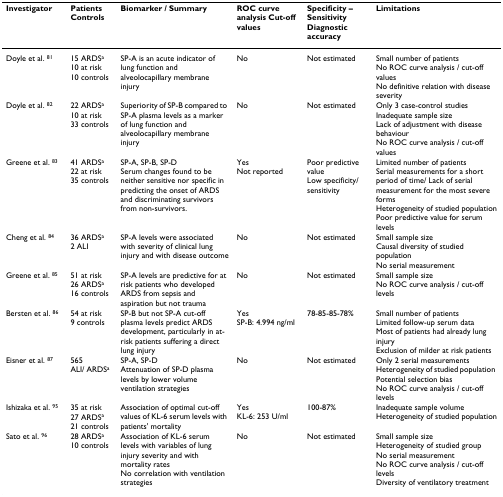
<table><thead><tr><td><b>Investigator</b></td><td><b>Patients Controls</b></td><td><b>Biomarker / Summary</b></td><td><b>ROC curve analysis Cut-off values</b></td><td><b>Specificity – Sensitivity Diagnostic accuracy</b></td><td><b>Limitations</b></td></tr></thead><tbody><tr><td>Doyle et al. <sup>81</sup></td><td>15 ARDS<sup>a</sup>10 at risk10 controls</td><td>SP-A is an acute indicator of lung function and alveolocapillary membrane injury</td><td>No</td><td>Not estimated</td><td>Small number of patientsNo ROC curve analysis / cut-off valuesNo definitive relation with disease severity</td></tr><tr><td>Doyle et al. <sup>82</sup></td><td>22 ARDS<sup>a</sup>10 at risk33 controls</td><td>Superiority of SP-B compared to SP-A plasma levels as a marker of lung function and alveolocapillary membrane injury</td><td>No</td><td>Not estimated</td><td>Only 3 case-control studiesInadequate sample sizeLack of adjustment with disease behaviourNo ROC curve analysis / cut-off values</td></tr><tr><td>Greene et al. <sup>83</sup></td><td>41 ARDS<sup>a</sup>22 at risk35 controls</td><td>SP-A, SP-B, SP-DSerum changes found to be neither sensitive nor specific in predicting the onset of ARDS and discriminating survivors from non-survivors.</td><td>YesNot reported</td><td>Poor predictive valueLow specificity/sensitivity</td><td>Limited number of patientsSerial measurements for a short period of time/ Lack of serial measurement for the most severe formsHeterogeneity of studied populationPoor predictive value for serum levels</td></tr><tr><td>Cheng et al. <sup>84</sup></td><td>36 ARDS<sup>a</sup>2 ALI</td><td>SP-A levels were associated with severity of clinical lung injury and with disease outcome</td><td>No</td><td>Not estimated</td><td>Small sample sizeCausal diversity of studied populationNo serial measurement</td></tr><tr><td>Greene et al. <sup>85</sup></td><td>51 at risk26 ARDS<sup>a</sup>16 controls</td><td>SP-A levels are predictive for at risk patients who developed ARDS from sepsis and aspiration but not trauma</td><td>No</td><td>Not estimated</td><td>Small sample sizeNo ROC curve analysis / cut-off levels</td></tr><tr><td>Bersten et al. <sup>86</sup></td><td>54 at risk9 controls</td><td>SP-B but not SP-A cut-off plasma levels predict ARDS development, particularly in at-risk patients suffering a direct lung injury</td><td>YesSP-B: 4.994 ng/ml</td><td>78-85-85-78%</td><td>Small number of patientsLimited follow-up serum dataMost of patients had already lung injuryExclusion of milder at risk patients</td></tr><tr><td>Eisner et al. <sup>87</sup></td><td>565ALI/ ARDS<sup>a</sup></td><td>SP-A, SP-DAttenuation of SP-D plasma levels by lower volume ventilation strategies</td><td>No</td><td>Not estimated</td><td>Only 2 serial measurementsHeterogeneity of studied population Potential selection biasNo ROC curve analysis / cut-off levels</td></tr><tr><td>Ishizaka et al. <sup>95</sup></td><td>35 at risk27 ARDS<sup>a</sup>21 controls</td><td>Association of optimal cut-off values of KL-6 serum levels with patients&#x27; mortality</td><td>YesKL-6: 253 U/ml</td><td>100-87%</td><td>Inadequate sample volumeHeterogeneity of studied population</td></tr><tr><td>Sato et al. <sup>96</sup></td><td>28 ARDS<sup>a</sup>10 controls</td><td>Association of KL-6 serum levels with variables of lung injury severity and with mortality ratesNo correlation with ventilation strategies</td><td>No</td><td>Not estimated</td><td>Small sample sizeHeterogeneity of studied groupNo serial measurementNo ROC curve analysis / cut-off levelsDiversity of ventilatory treatment</td></tr></tbody></table>